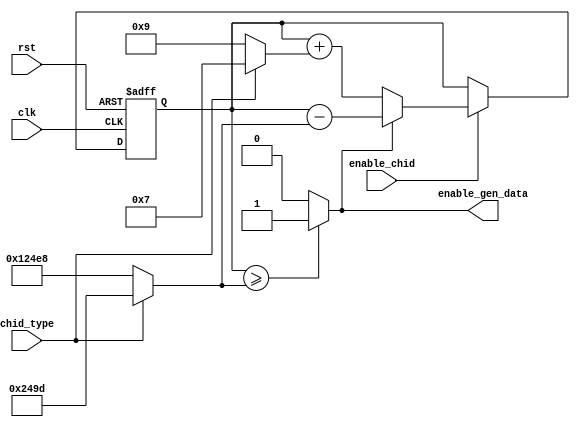
`timescale 1ns / 1ps
//////////////////////////////////////////////////////////////////////////////////
// Company: 
// Engineer: 
// 
// Design Name: 
// Module Name: odu_count_reg
// Project Name: 
// Target Devices: 
// Tool Versions: 
// Description: 
// 
// Dependencies: 
// 
// Revision:
// Revision 0.01 - File Created
// Additional Comments:
// 
//////////////////////////////////////////////////////////////////////////////////


module odu_count_reg(
        //input port declare
        input   clk,
        input   rst, 
        input   enable_chid, 
        input   chid_type, 
        //output port declare
        //output knock_odu0_case0
        output enable_gen_data
    );
    wire [31:0] value_x; 
    wire [31:0] value_y; 
    
    localparam value_x_type0 = 32'd9; 
    localparam value_y_type0 = 32'd74984; 
    localparam value_x_type2 = 32'd7; 
    localparam value_y_type2 = 32'd9373; 
    
    assign value_x = (chid_type) ? value_x_type2 : value_x_type0; 
    assign value_y = (chid_type) ? value_y_type2 : value_y_type0;  

    reg [31:0]  value_count_reg;
    //1
    always @(posedge clk or posedge rst) begin 
        if(rst) begin
            value_count_reg <= 0;
        end else begin 
            if(enable_chid) begin
                if(enable_gen_data) 
                    value_count_reg <= value_count_reg - value_y;
                else                 
                    value_count_reg <= value_count_reg + value_x;
            end 
        end
    end

    
    assign enable_gen_data = (value_count_reg >= value_y) ? 1'b1 : 1'b0; 
 
endmodule